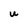
Character: u